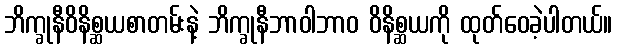
ဘိက္ခုနီဝိနိစ္ဆယစာတမ်းနဲ့ ဘိက္ခုနီဘာဝါဘာဝ ဝိနိစ္ဆယကို ထုတ်ဝေခဲ့ပါတယ်။